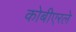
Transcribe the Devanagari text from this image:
कोबीएरले